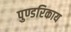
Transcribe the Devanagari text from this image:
पुण्डरिकाय